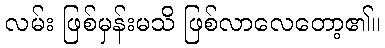
လမ်း ဖြစ်မှန်းမသိ ဖြစ်လာလေတော့၏။